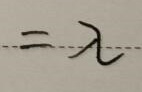
$=\lambda$